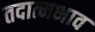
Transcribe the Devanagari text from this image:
तदात्मभाव